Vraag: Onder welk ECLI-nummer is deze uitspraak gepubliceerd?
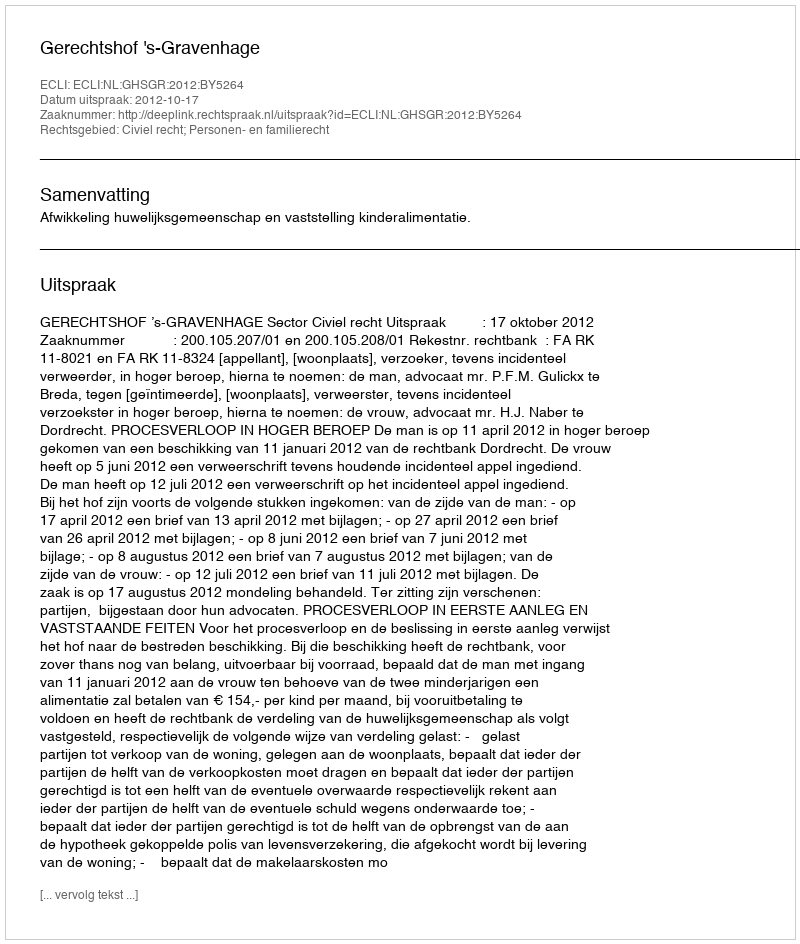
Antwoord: ECLI:NL:GHSGR:2012:BY5264